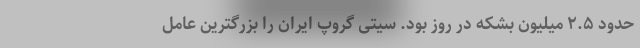
حدود ۲.۵ میلیون بشکه در روز بود. سیتی گروپ ایران را بزرگترین عامل